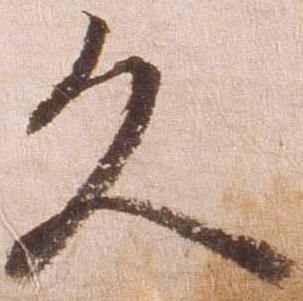
久